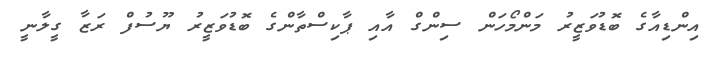
އިންޑިއާގެ ބޮޑުވަޒީރު މަންމޯހަން ސިންގް އާއި ޕާކިސްތާންގެ ބޮޑުވަޒީރު ޔޫސުފް ރަޒާ ގީލާނީ